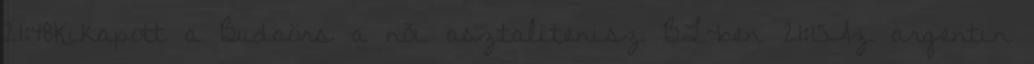
21:48Kikapott a Budaörs a női asztalitenisz BL-ben 21:15Az argentin